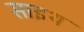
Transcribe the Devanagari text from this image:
साइथ